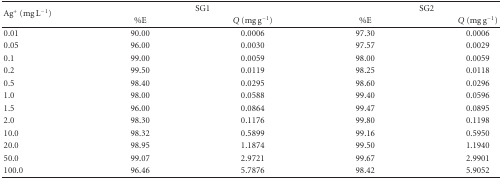
| <ROWSPAN=2> Ag+ (mg L−1) | <COLSPAN=2> SG1 | <COLSPAN=2> SG2 |
 | %E | Q (mg g−1) | %E | Q (mg g−1) |
 | --- | --- | --- | --- | --- |
 | 0.01 | 90.00 | 0.0006 | 97.30 | 0.0006 |
 | 0.05 | 96.00 | 0.0030 | 97.57 | 0.0029 |
 | 0.1 | 99.00 | 0.0059 | 98.00 | 0.0059 |
 | 0.2 | 99.50 | 0.0119 | 98.25 | 0.0118 |
 | 0.5 | 98.40 | 0.0295 | 98.60 | 0.0296 |
 | 1.0 | 98.00 | 0.0588 | 99.40 | 0.0596 |
 | 1.5 | 96.00 | 0.0864 | 99.47 | 0.0895 |
 | 2.0 | 98.30 | 0.1176 | 99.80 | 0.1198 |
 | 10.0 | 98.32 | 0.5899 | 99.16 | 0.5950 |
 | 20.0 | 98.95 | 1.1874 | 99.50 | 1.1940 |
 | 50.0 | 99.07 | 2.9721 | 99.67 | 2.9901 |
 | 100.0 | 96.46 | 5.7876 | 98.42 | 5.9052 |